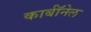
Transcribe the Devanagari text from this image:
कार्बाॅनेल